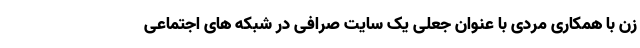
زن با همکاری مردی با عنوان جعلی یک سایت صرافی در شبکه های اجتماعی